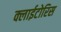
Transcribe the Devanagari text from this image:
क्लाईटोरिस